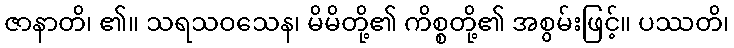
ဇာနာတိ၊ ၏။ သရသဝသေန၊ မိမိတို့၏ ကိစ္စတို့၏ အစွမ်းဖြင့်။ ပဿတိ၊